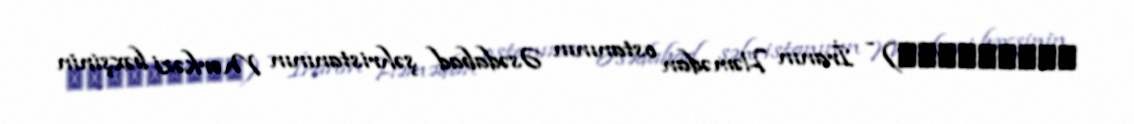
نعمت‌آباد) - İranın Həmədan ostanının Əsədabad şəhristanının Mərkəzi bəxşinin